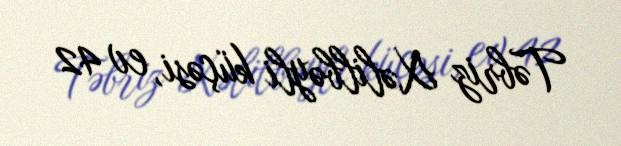
Təbriz Xəlilbəyli küçəsi, ev 42